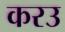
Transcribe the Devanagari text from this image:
करउ